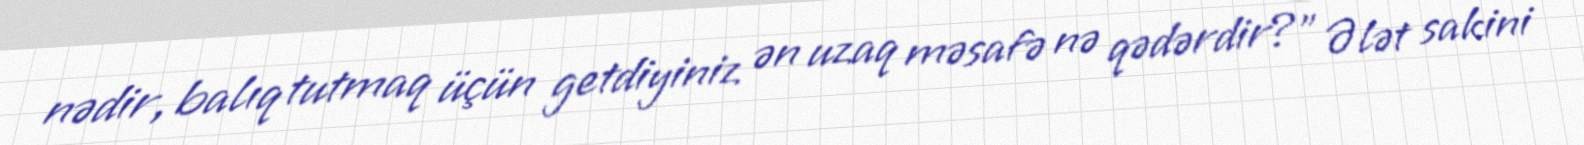
nədir, balıq tutmaq üçün getdiyiniz ən uzaq məsafə nə qədərdir?” Ələt sakini